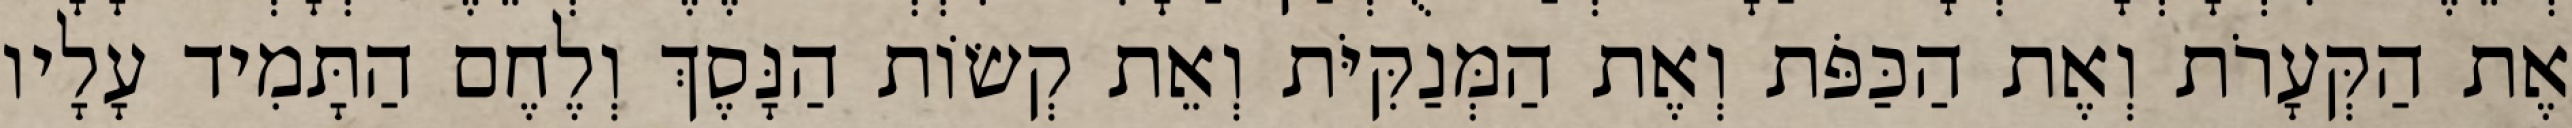
אֶת הַקְּעָרֹת וְאֶת הַכַּפֹּת וְאֶת הַמְּנַקִּיֹּת וְאֵת קְשׂוֹת הַנָּסֶךְ וְלֶחֶם הַתָּמִיד עָלָיו